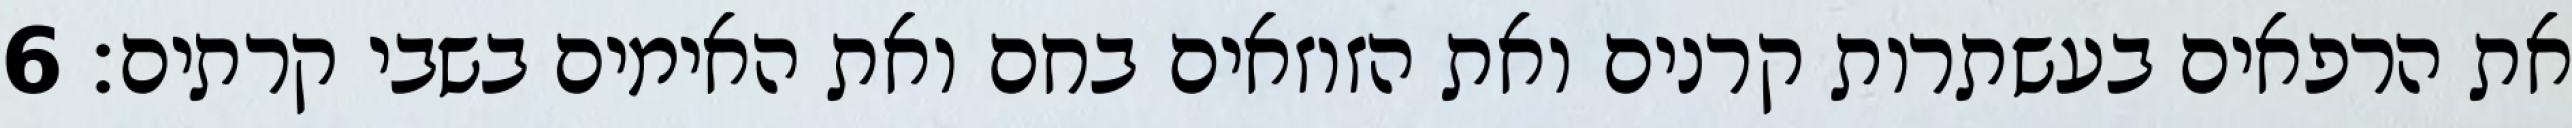
את הרפאים בעשתרות קרנים ואת הזוזאים בחם ואת האימים בשבי קרתים׃ ‎6‏